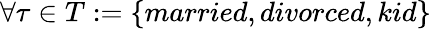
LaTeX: \forall\tau\in T:=\{ married,divorced,kid\}